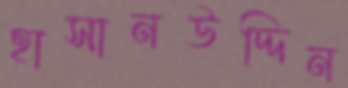
হাসানউদ্দিন